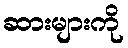
ဆားများကို